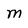
Character: M